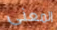
المعنى